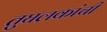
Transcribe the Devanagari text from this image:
तुघलकांची